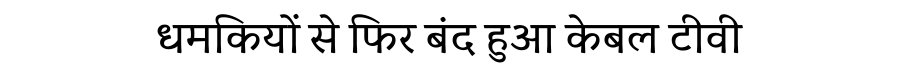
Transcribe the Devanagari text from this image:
धमकियों से फिर बंद हुआ केबल टीवी